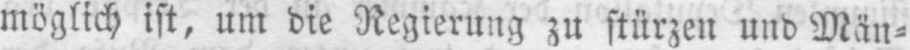
möglich ist, um die Regierung zu stürzen und Män⸗